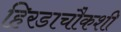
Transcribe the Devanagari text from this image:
हिरडाचौकशी